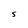
Character: S